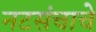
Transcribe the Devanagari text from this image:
नटसंचाचे